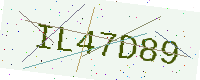
Text: IL47D89